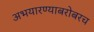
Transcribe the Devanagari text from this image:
अभयारण्याबरोबरच